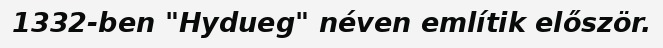
1332-ben "Hydueg" néven említik először.